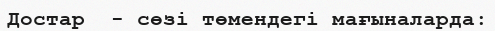
Достар  - сөзі төмендегі мағыналарда: